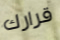
قرارك